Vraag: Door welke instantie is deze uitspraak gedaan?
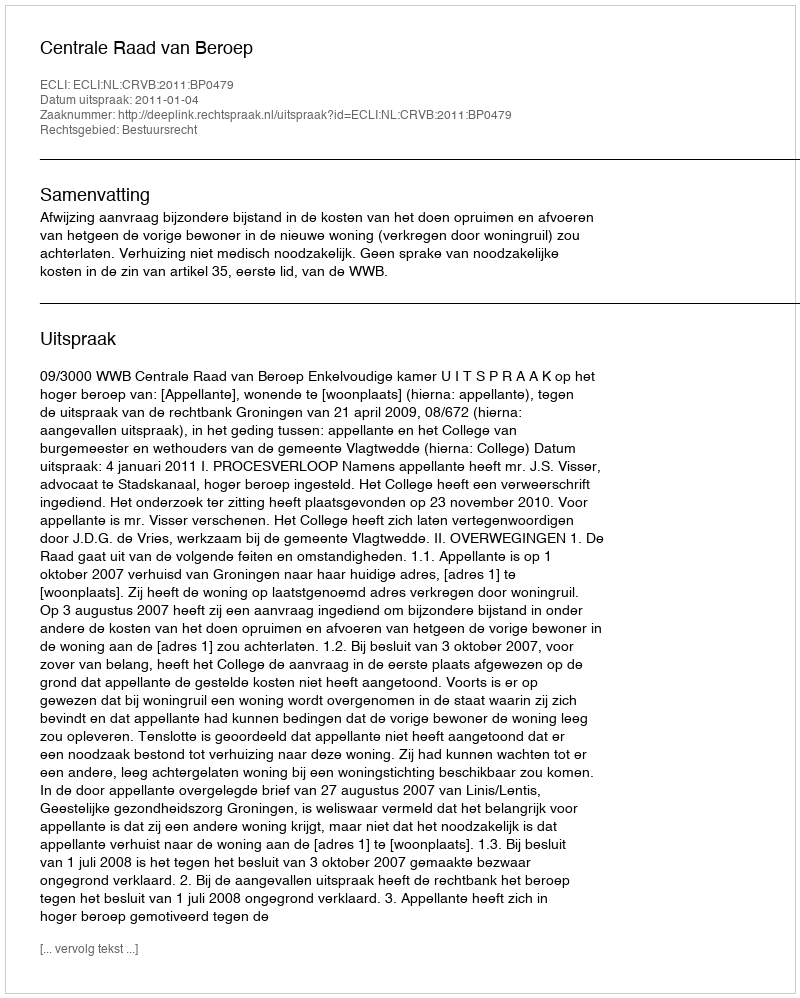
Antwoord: Centrale Raad van Beroep